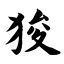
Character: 狻